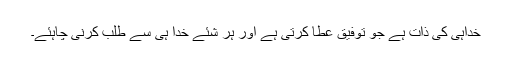
خداہی کی ذات ہے جو توفیق عطا کرتی ہے اور ہر شئے خدا ہی سے طلب کرنی چاہئے۔